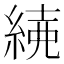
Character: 𦁱